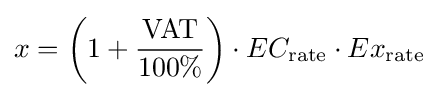
x=\left(1+{\frac {\text{VAT}}{100\%}}\right)\cdot EC_{\text{rate}}\cdot Ex_{\text{rate}}